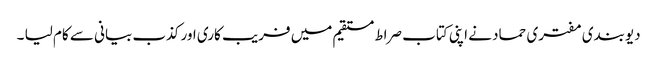
دیوبندی مفتری حماد نے اپنی کتاب صراط مستقیم میں فریب کاری اور کذب بیانی سے کام لیا ۔